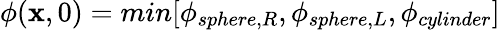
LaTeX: \phi(\mathbf{x},0)=min[\phi_{sphere,R},\phi_{sphere,L},\phi_{cylinder}]